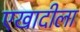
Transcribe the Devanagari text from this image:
एखादीला